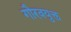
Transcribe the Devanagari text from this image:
गौरवयुक्त